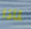
لماذا